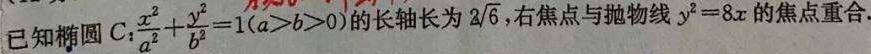
已知椭圆$C:\frac{x^{2}}{a^{2}}+\frac{y^{2}}{b^{2}} = 1(a>b>0)$的长轴长为$2\sqrt{6}$，右焦点与抛物线$y^{2}=8x$的焦点重合.